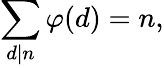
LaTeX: \sum_{d\mid n}\varphi(d)=n,